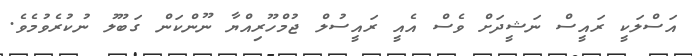
އަސްލަކީ ރައީސް ނަޝީދަށް ވެސް އެއީ ރައީސުލް ޖުމްހޫރިއްޔާ ނޫންކަން ގަބޫލު ނުކުރެވުމެވެ.